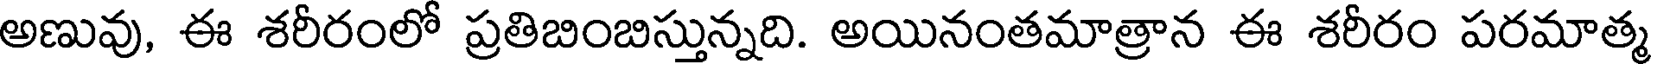
అణువు, ఈ శరీరంలో ప్రతిబింబిస్తున్నది. అయినంతమాత్రాన ఈ శరీరం పరమాత్మ